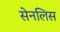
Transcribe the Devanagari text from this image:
सेनलिस